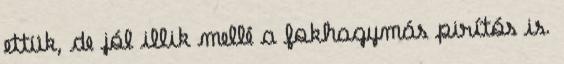
ettük, de jól illik mellé a fokhagymás pirítós is.